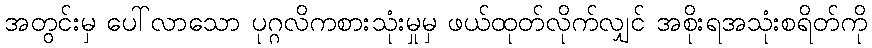
အတွင်းမှ ပေါ်လာသော ပုဂ္ဂလိကစားသုံးမှုမှ ဖယ်ထုတ်လိုက်လျှင် အစိုးရအသုံးစရိတ်ကို